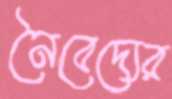
নৈবেদ্যের